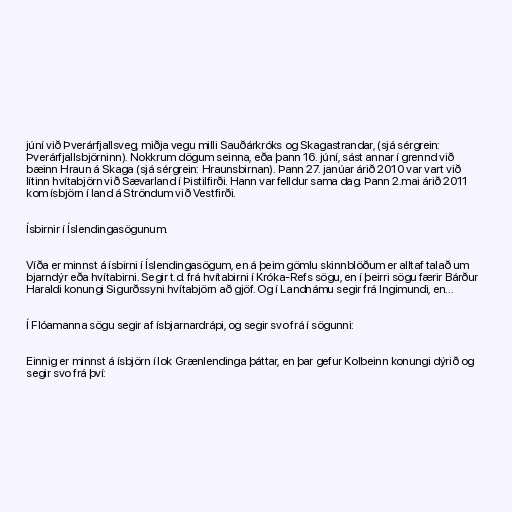
júní við Þverárfjallsveg, miðja vegu milli Sauðárkróks og Skagastrandar, (sjá sérgrein:
Þverárfjallsbjörninn). Nokkrum dögum seinna, eða þann 16. júní, sást annar í grennd við
bæinn Hraun á Skaga (sjá sérgrein: Hraunsbirnan). Þann 27. janúar árið 2010 var vart við
lítinn hvítabjörn við Sævarland í Þistilfirði. Hann var felldur sama dag. Þann 2.mai árið 2011
kom ísbjörn í land á Ströndum við Vestfirði.

Ísbirnir í Íslendingasögunum.

Víða er minnst á ísbirni í Íslendingasögum, en á þeim gömlu skinnblöðum er alltaf talað um
bjarndýr eða hvítabirni. Segir t.d. frá hvítabirni í Króka-Refs sögu, en í þeirri sögu færir Bárður
Haraldi konungi Sigurðssyni hvítabjörn að gjöf. Og í Landnámu segir frá Ingimundi, en...

Í Flóamanna sögu segir af ísbjarnardrápi, og segir svo frá í sögunni:

Einnig er minnst á ísbjörn í lok Grænlendinga þáttar, en þar gefur Kolbeinn konungi dýrið og
segir svo frá því: